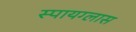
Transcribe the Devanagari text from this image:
स्पायग्लास